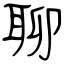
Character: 聊